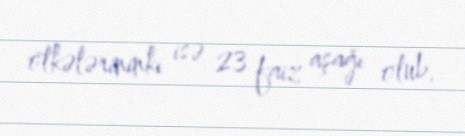
ölkələrininki isə 23 faiz aşağı olub.